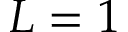
L = 1